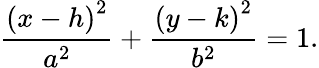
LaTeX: {\frac{\left(x-h\right)^{2}}{a^{2}}}+{\frac{\left(y-k\right)^{2}}{b^{2}}}=1.